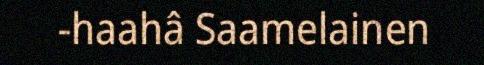
-haahâ Saamelainen